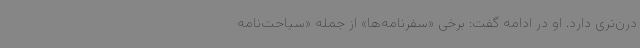
درن‌تری دارد. او در ادامه گفت: برخی «سفرنامه‌ها» از جمله «سیاحت‌نامه